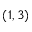
( 1 , 3 )